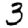
Digit: 3